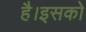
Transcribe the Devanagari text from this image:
है।इसको